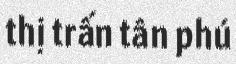
thị trấn tân phú